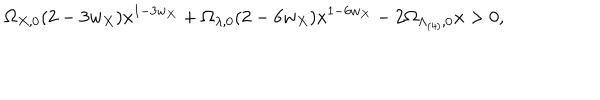
LaTeX: \Omega _ { X , 0 } ( 2 - 3 w _ { X } ) x ^ { 1 - 3 w _ { X } } + \Omega _ { \lambda , 0 } ( 2 - 6 w _ { X } ) x ^ { 1 - 6 w _ { X } } - 2 \Omega _ { \Lambda _ { ( 4 ) } , 0 } x > 0 ,